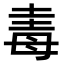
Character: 𣫴